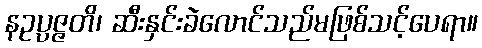
နဥပ္ပဇ္ဇတိ၊ ဆီးနှင်းခဲလောင်သည်မဖြစ်သင့်ပေရာ။